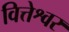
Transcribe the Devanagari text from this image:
वित्तेश्वर